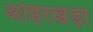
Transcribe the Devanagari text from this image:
अहिरखेड़ी